Vaccination Hyderabad 1890-1903 - 1890-1903
Year: 1890
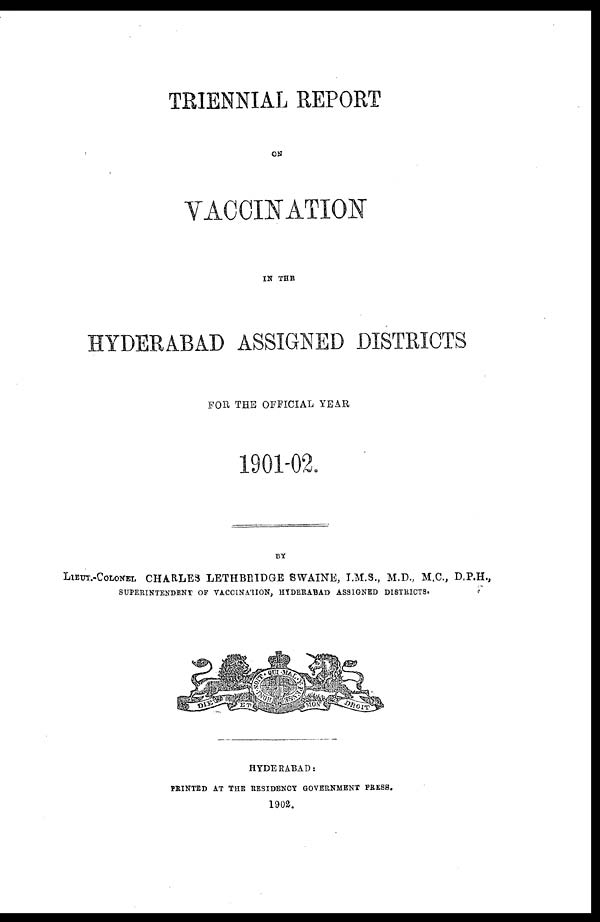
TRIENNIAL REPORT
ON
VACCINATION
IN THE
HYDERABAD ASSIGNED DISTRICTS
FOR THE OFFICIAL YEAR
1901-02.
BY
LIEUT.-COLONEL CHARLES LETHBRIDGE SWAINE, I.M.S., M.D., M.C., D.P.H.,
SUPERINTENDENT OF VACCINATION, HYDERABAD ASSIGNED DISTRICTS.
HYDERABAD:
PRINTED AT THE RESIDENCY GOVERNMENT PRESS.
1902.